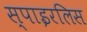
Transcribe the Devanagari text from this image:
स्पाइरलिस